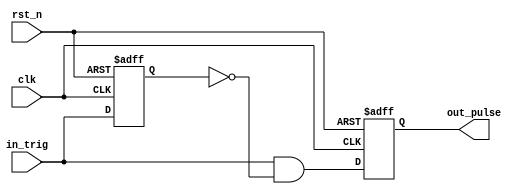
module one_pulse(out_pulse, clk, in_trig, rst_n);
    output reg out_pulse; 
    input clk;  
    input in_trig;  
    input rst_n;
    
    reg in_trig_delay;
    wire one_pulse_next;
    
    always@(posedge clk or negedge rst_n)
        if (~rst_n) in_trig_delay <= 0;
        else in_trig_delay <= in_trig;
               
    assign one_pulse_next = in_trig & (~in_trig_delay);
    
    always@(posedge clk or negedge rst_n)
        if (~rst_n) out_pulse <= 0;
        else out_pulse <= one_pulse_next;
 endmodule